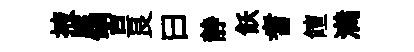
掖属習良曰静飫耆饘满